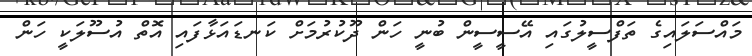
މައްސަލައިގެ ތަފްސީލުގައި އޭސީސީން ބުނީ ހަން ދޫކުރުމަށް ކަނޑައަޅާފައި އޮތް އުސޫލަކީ ހަން